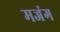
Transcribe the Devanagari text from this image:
मजंग